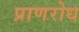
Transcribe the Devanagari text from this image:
प्राणरोध